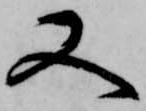
又